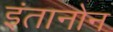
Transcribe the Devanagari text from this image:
इंतानोन